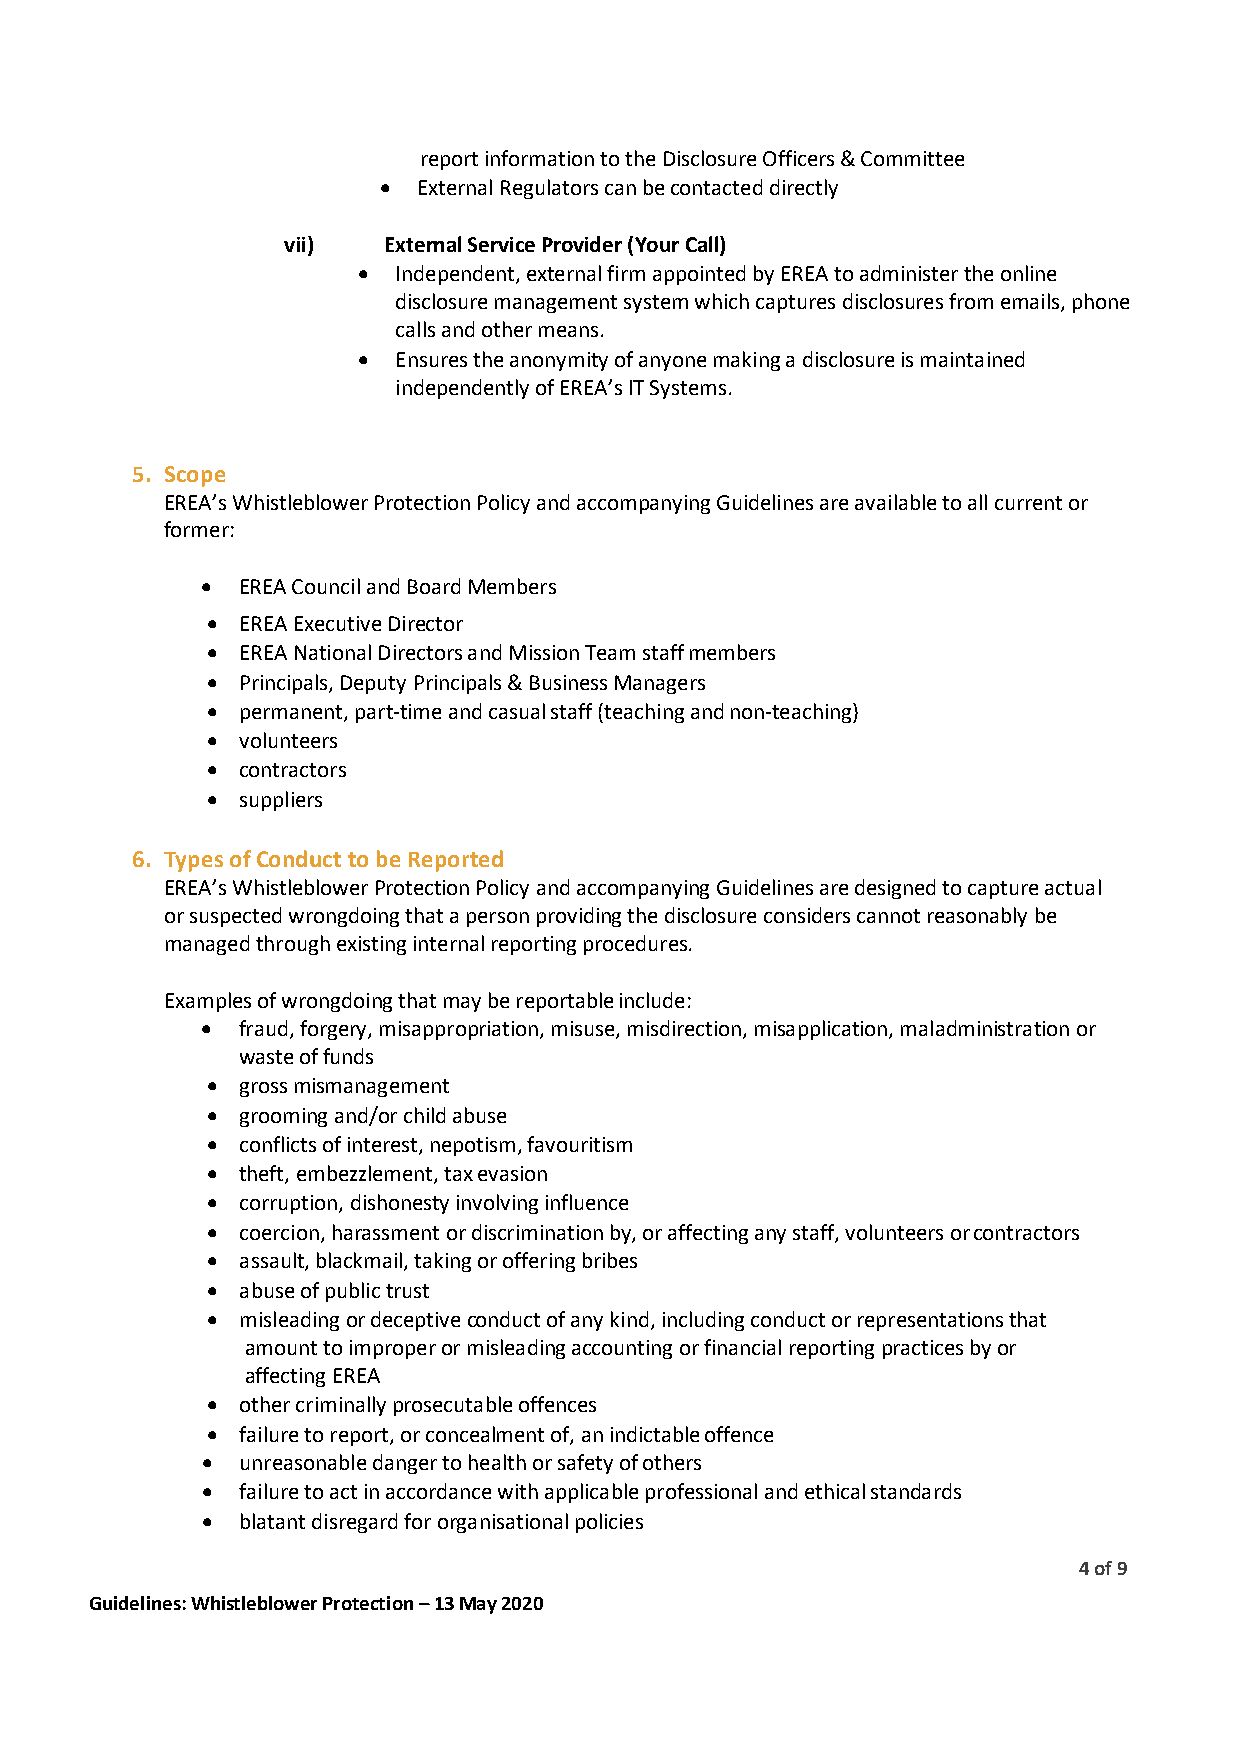
report information to the Disclosure Officers & Committee
 •  External Regulators can be contacted directly
 vii)  External Service Provider (Your Call)
 • Independent, external firm appointed by EREA to administer the online
 disclosure management system which captures disclosures from emails, phone
 calls and other means.
 • Ensures the anonymity of anyone making a disclosure is maintained
 independently of EREA’s IT Systems.
 5. Scope
 EREA’s Whistleblower Protection Policy and accompanying Guidelines are available to all current or
 former:
 •  EREA Council and Board Members
 • EREA Executive Director
 • EREA National Directors and Mission Team staff members
 • Principals, Deputy Principals & Business Managers
 • permanent, part-time and casual staff (teaching and non-teaching)
 • volunteers
 • contractors
 • suppliers
 6. Types of Conduct to be Reported
 EREA’s Whistleblower Protection Policy and accompanying Guidelines are designed to capture actual
 or suspected wrongdoing that a person providing the disclosure considers cannot reasonably be
 managed through existing internal reporting procedures.
 Examples of wrongdoing that may be reportable include:
 •  fraud, forgery, misappropriation, misuse, misdirection, misapplication, maladministration or
 waste of funds
 • gross mismanagement
 • grooming and/or child abuse
 • conflicts of interest, nepotism, favouritism
 • theft, embezzlement, tax evasion
 • corruption, dishonesty involving influence
 • coercion, harassment or discrimination by, or affecting any staff, volunteers or contractors
 • assault, blackmail, taking or offering bribes
 • abuse of public trust
 • misleading or deceptive conduct of any kind, including conduct or representations that
 amount to improper or misleading accounting or financial reporting practices by or
 affecting EREA
 • other criminally prosecutable offences
 • failure to report, or concealment of, an indictable offence
 •  unreasonable danger to health or safety of others
 •  failure to act in accordance with applicable professional and ethical standards
 •  blatant disregard for organisational policies
 4 of 9
 Guidelines: Whistleblower Protection – 13 May 2020